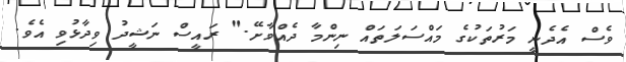
ވެސް އެދެނީ މަރުތަކުގެ މައްސަލަތައް ނިންމާ ދެއްވާށޭ." ރައީސް ނަޝީދު ވިދާޅުވި އެވެ.